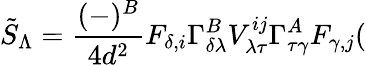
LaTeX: \tilde{S}_{\Lambda}=\frac{(-)^{B}}{4d^{2}}F_{\delta,i}\Gamma_{\delta\lambda}^{B}V_{\lambda\tau}^{ij}\Gamma_{\tau\gamma}^{A}F_{\gamma,j}(